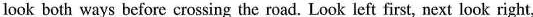
look both ways before crossing the road. Look left first, next look right,